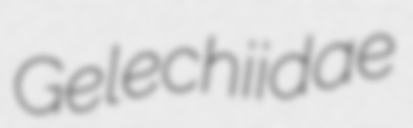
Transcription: Gelechiidae